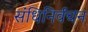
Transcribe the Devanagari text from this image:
संधिनिर्वचन